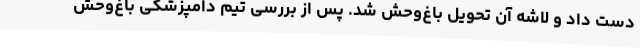
دست داد و لاشه آن تحویل باغ‌وحش شد. پس از بررسی تیم دامپزشکی باغ‌وحش